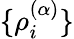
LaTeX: \{ \rho_{i}^{(\alpha)}\}